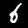
Label: 6